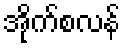
အိုက်စလန်